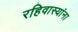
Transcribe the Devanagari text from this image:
रहिवास्यांना